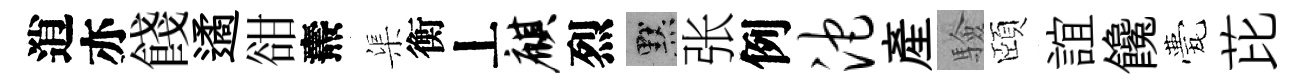
逍亦餞遹𧮳燾渠衡丄麒烈默张例沱産驗頤誼饞甍芘